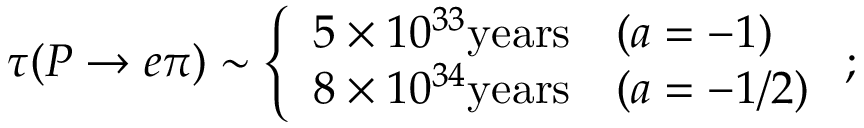
\tau ( P \rightarrow e \pi ) \sim \left\{ \begin{array} { c l } { { 5 \times 1 0 ^ { 3 3 } \mathrm { y e a r s } } } & { { ( a = - 1 ) } } \\ { { 8 \times 1 0 ^ { 3 4 } \mathrm { y e a r s } } } & { { ( a = - 1 / 2 ) } } \end{array} \right. ;